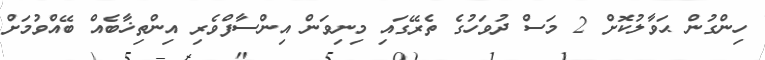
ހިންގުން ޙަވާލުކޮށް 2 މަސް ދުވަހުގެ ތެރޭގައި މިނިވަން އިންސާފްވެރި އިންތިޚާބެއް ބޭއްވުމަށް